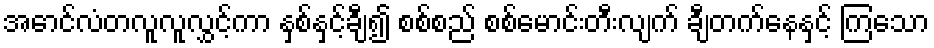
အောင်လံတလူလူလွှင့်ကာ နှစ်နှင့်ချီ၍ စစ်စည် စစ်မောင်းတီးလျက် ချီတက်နေနှင့် ကြသော